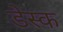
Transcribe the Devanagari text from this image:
डेस्‍क